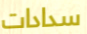
سدادات